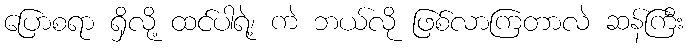
ပြောစရာ ရှိလို့ ထင်ပါရဲ့၊ ကဲ ဘယ်လို ဖြစ်လာကြတာလဲ ဆန်ကြီး